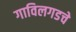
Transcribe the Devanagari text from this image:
गाविलगडचे